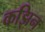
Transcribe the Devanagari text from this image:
कझिन